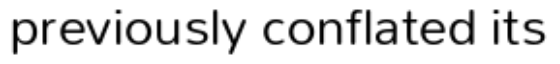
previously conflated its